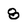
Character: 8